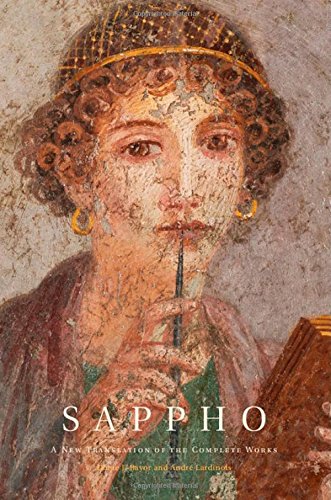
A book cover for Sappho: A New Translation of the Complete Works; Sappho; Literature & Fiction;